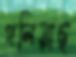
গলিয়াছ